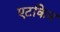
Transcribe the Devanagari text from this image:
एटकिन